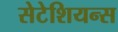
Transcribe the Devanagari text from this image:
सेटेशियन्स